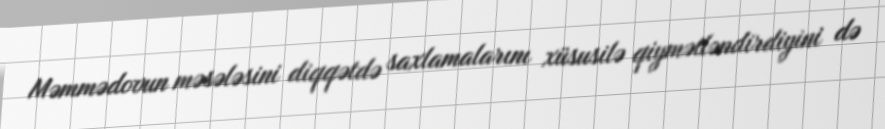
Məmmədovun məsələsini diqqətdə saxlamalarını xüsusilə qiymətləndirdiyini də